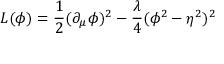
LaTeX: L ( \phi ) = { \frac { 1 } { 2 } } ( \partial _ { \mu } \phi ) ^ { 2 } - { \frac { \lambda } { 4 } } ( \phi ^ { 2 } - \eta ^ { 2 } ) ^ { 2 }